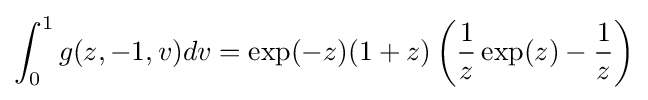
\int _{0}^{1}g(z,-1,v)dv=\exp(-z)(1+z)\left({\frac {1}{z}}\exp(z)-{\frac {1}{z}}\right)